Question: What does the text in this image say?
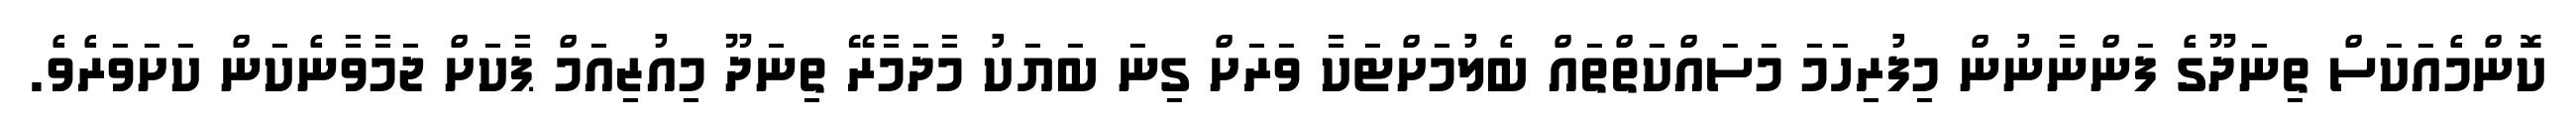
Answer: ކޮންމެއަކަސް ތިނަދޫގެ ފަންނާނުން މިފުރިހަމަ މަސައްކަތްތައް ބެލުމަށްޓަކާ ވަރަށް ގިނަ ބަޔަކު މާދަމާރޭ ތިނަދޫ މިއުޒިއަމް ޕާކަށް ޖަމާވާނެކަން ކަށަވަރެވެ.